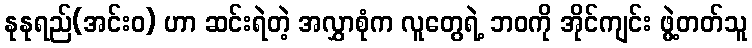
နုနုရည်(အင်းဝ) ဟာ ဆင်းရဲတဲ့ အလွှာစုံက လူတွေရဲ့ ဘဝကို အိုင်ကျင်း ဖွဲ့တတ်သူ